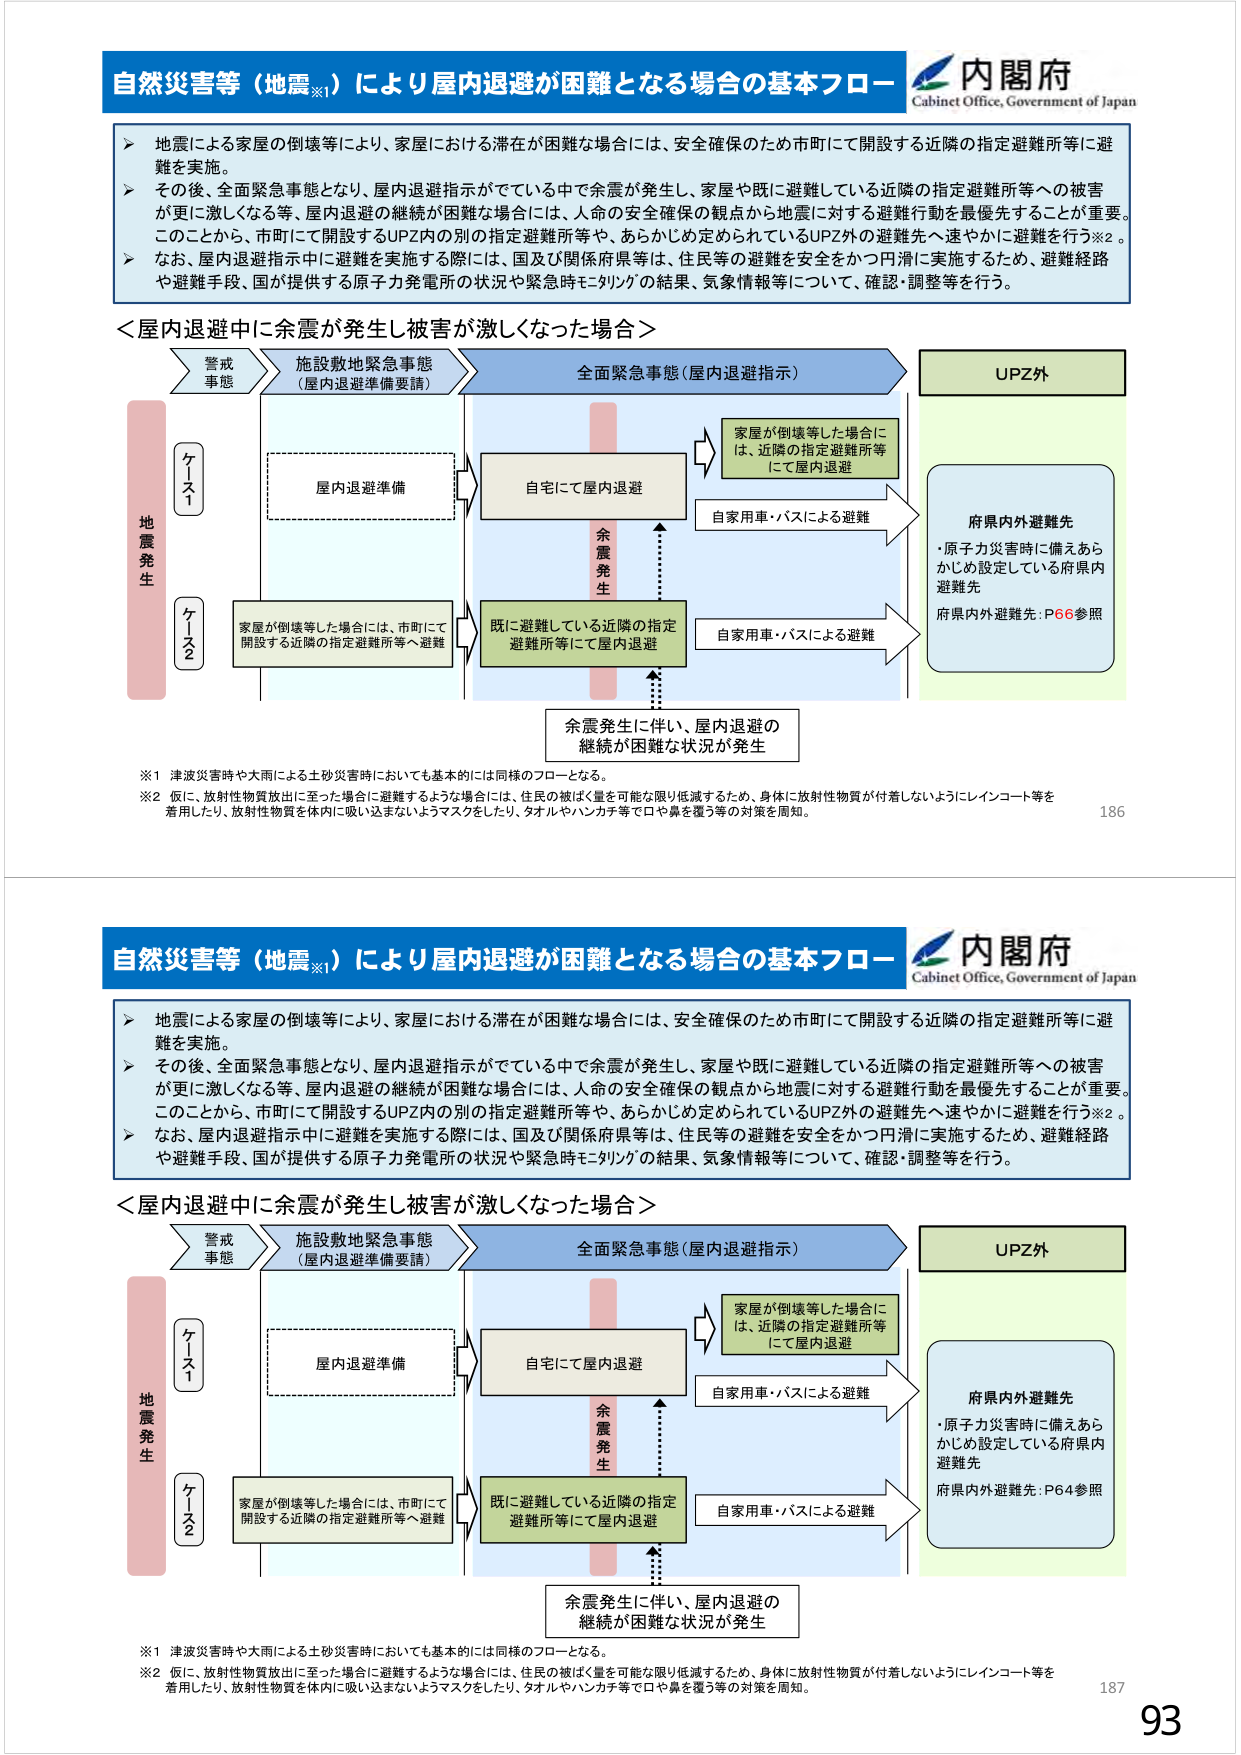
自然災害等（地震※1）により屋内退避が困難となる場合の基本フロー
内閣府
Cabinet Office, Government of Japan

▶ 地震による家屋の倒壊等により、家屋における滞在が困難な場合には、安全確保のため市町にて開設する近隣の指定避難所等に避難を実施。
▶ その後、全面緊急事態となり、屋内退避指示がでている中で余震が発生し、家屋や既に避難している近隣の指定避難所等への被害が更に激しくなる等、屋内退避の継続が困難な場合には、人命の安全確保の観点から地震に対する避難行動を最優先することが重要。このことから、市町にて開設するUPZ内の別の指定避難所等や、あらかじめ定められているUPZ外の避難先へ速やかに避難を行う※2。
▶ なお、屋内退避指示中に避難を実施する際には、国及び関係府県等は、住民等の避難を安全をかつ円滑に実施するため、避難経路や避難手段、国が提供する原子力発電所の状況や緊急時モニタリングの結果、気象情報等について、確認・調整等を行う。

＜屋内退避中に余震が発生し被害が激しくなった場合＞

地震発生
ケース1
ケース2

警戒事態
施設敷地緊急事態（屋内退避準備要請）
全面緊急事態（屋内退避指示）
UPZ外

屋内退避準備
自宅にて屋内退避
余震発生
既に避難している近隣の指定避難所等にて屋内退避
家屋が倒壊等した場合には、近隣の指定避難所等にて屋内退避
自家用車・バスによる避難
自家用車・バスによる避難
府県内外避難先
・原子力災害時に備えあらかじめ設定している府県内避難先
府県内外避難先：P66参照

余震発生に伴い、屋内退避の継続が困難な状況が発生

※1 津波災害時や大雨による土砂災害時においても基本的には同様のフローとなる。
※2 仮に、放射性物質放出に至った場合に避難するような場合には、住民の被ばく量を可能な限り低減するため、身体に放射性物質が付着しないようにレインコート等を着用したり、放射性物質を体内に吸い込まないようマスクをしたり、タオルやハンカチ等で口や鼻を覆う等の対策を周知。

186

自然災害等（地震※1）により屋内退避が困難となる場合の基本フロー
内閣府
Cabinet Office, Government of Japan

▶ 地震による家屋の倒壊等により、家屋における滞在が困難な場合には、安全確保のため市町にて開設する近隣の指定避難所等に避難を実施。
▶ その後、全面緊急事態となり、屋内退避指示がでている中で余震が発生し、家屋や既に避難している近隣の指定避難所等への被害が更に激しくなる等、屋内退避の継続が困難な場合には、人命の安全確保の観点から地震に対する避難行動を最優先することが重要。このことから、市町にて開設するUPZ内の別の指定避難所等や、あらかじめ定められているUPZ外の避難先へ速やかに避難を行う※2。
▶ なお、屋内退避指示中に避難を実施する際には、国及び関係府県等は、住民等の避難を安全をかつ円滑に実施するため、避難経路や避難手段、国が提供する原子力発電所の状況や緊急時モニタリングの結果、気象情報等について、確認・調整等を行う。

＜屋内退避中に余震が発生し被害が激しくなった場合＞

地震発生
ケース1
ケース2

警戒事態
施設敷地緊急事態（屋内退避準備要請）
全面緊急事態（屋内退避指示）
UPZ外

屋内退避準備
自宅にて屋内退避
余震発生
既に避難している近隣の指定避難所等にて屋内退避
家屋が倒壊等した場合には、近隣の指定避難所等にて屋内退避
自家用車・バスによる避難
自家用車・バスによる避難
府県内外避難先
・原子力災害時に備えあらかじめ設定している府県内避難先
府県内外避難先：P64参照

余震発生に伴い、屋内退避の継続が困難な状況が発生

※1 津波災害時や大雨による土砂災害時においても基本的には同様のフローとなる。
※2 仮に、放射性物質放出に至った場合に避難するような場合には、住民の被ばく量を可能な限り低減するため、身体に放射性物質が付着しないようにレインコート等を着用したり、放射性物質を体内に吸い込まないようマスクをしたり、タオルやハンカチ等で口や鼻を覆う等の対策を周知。

187
93